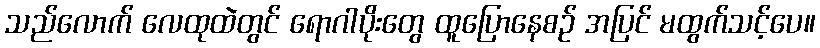
သည်လောက် လေထုထဲတွင် ရောဂါပိုးတွေ ထူပြောနေစဉ် အပြင် မထွက်သင့်ပေ။